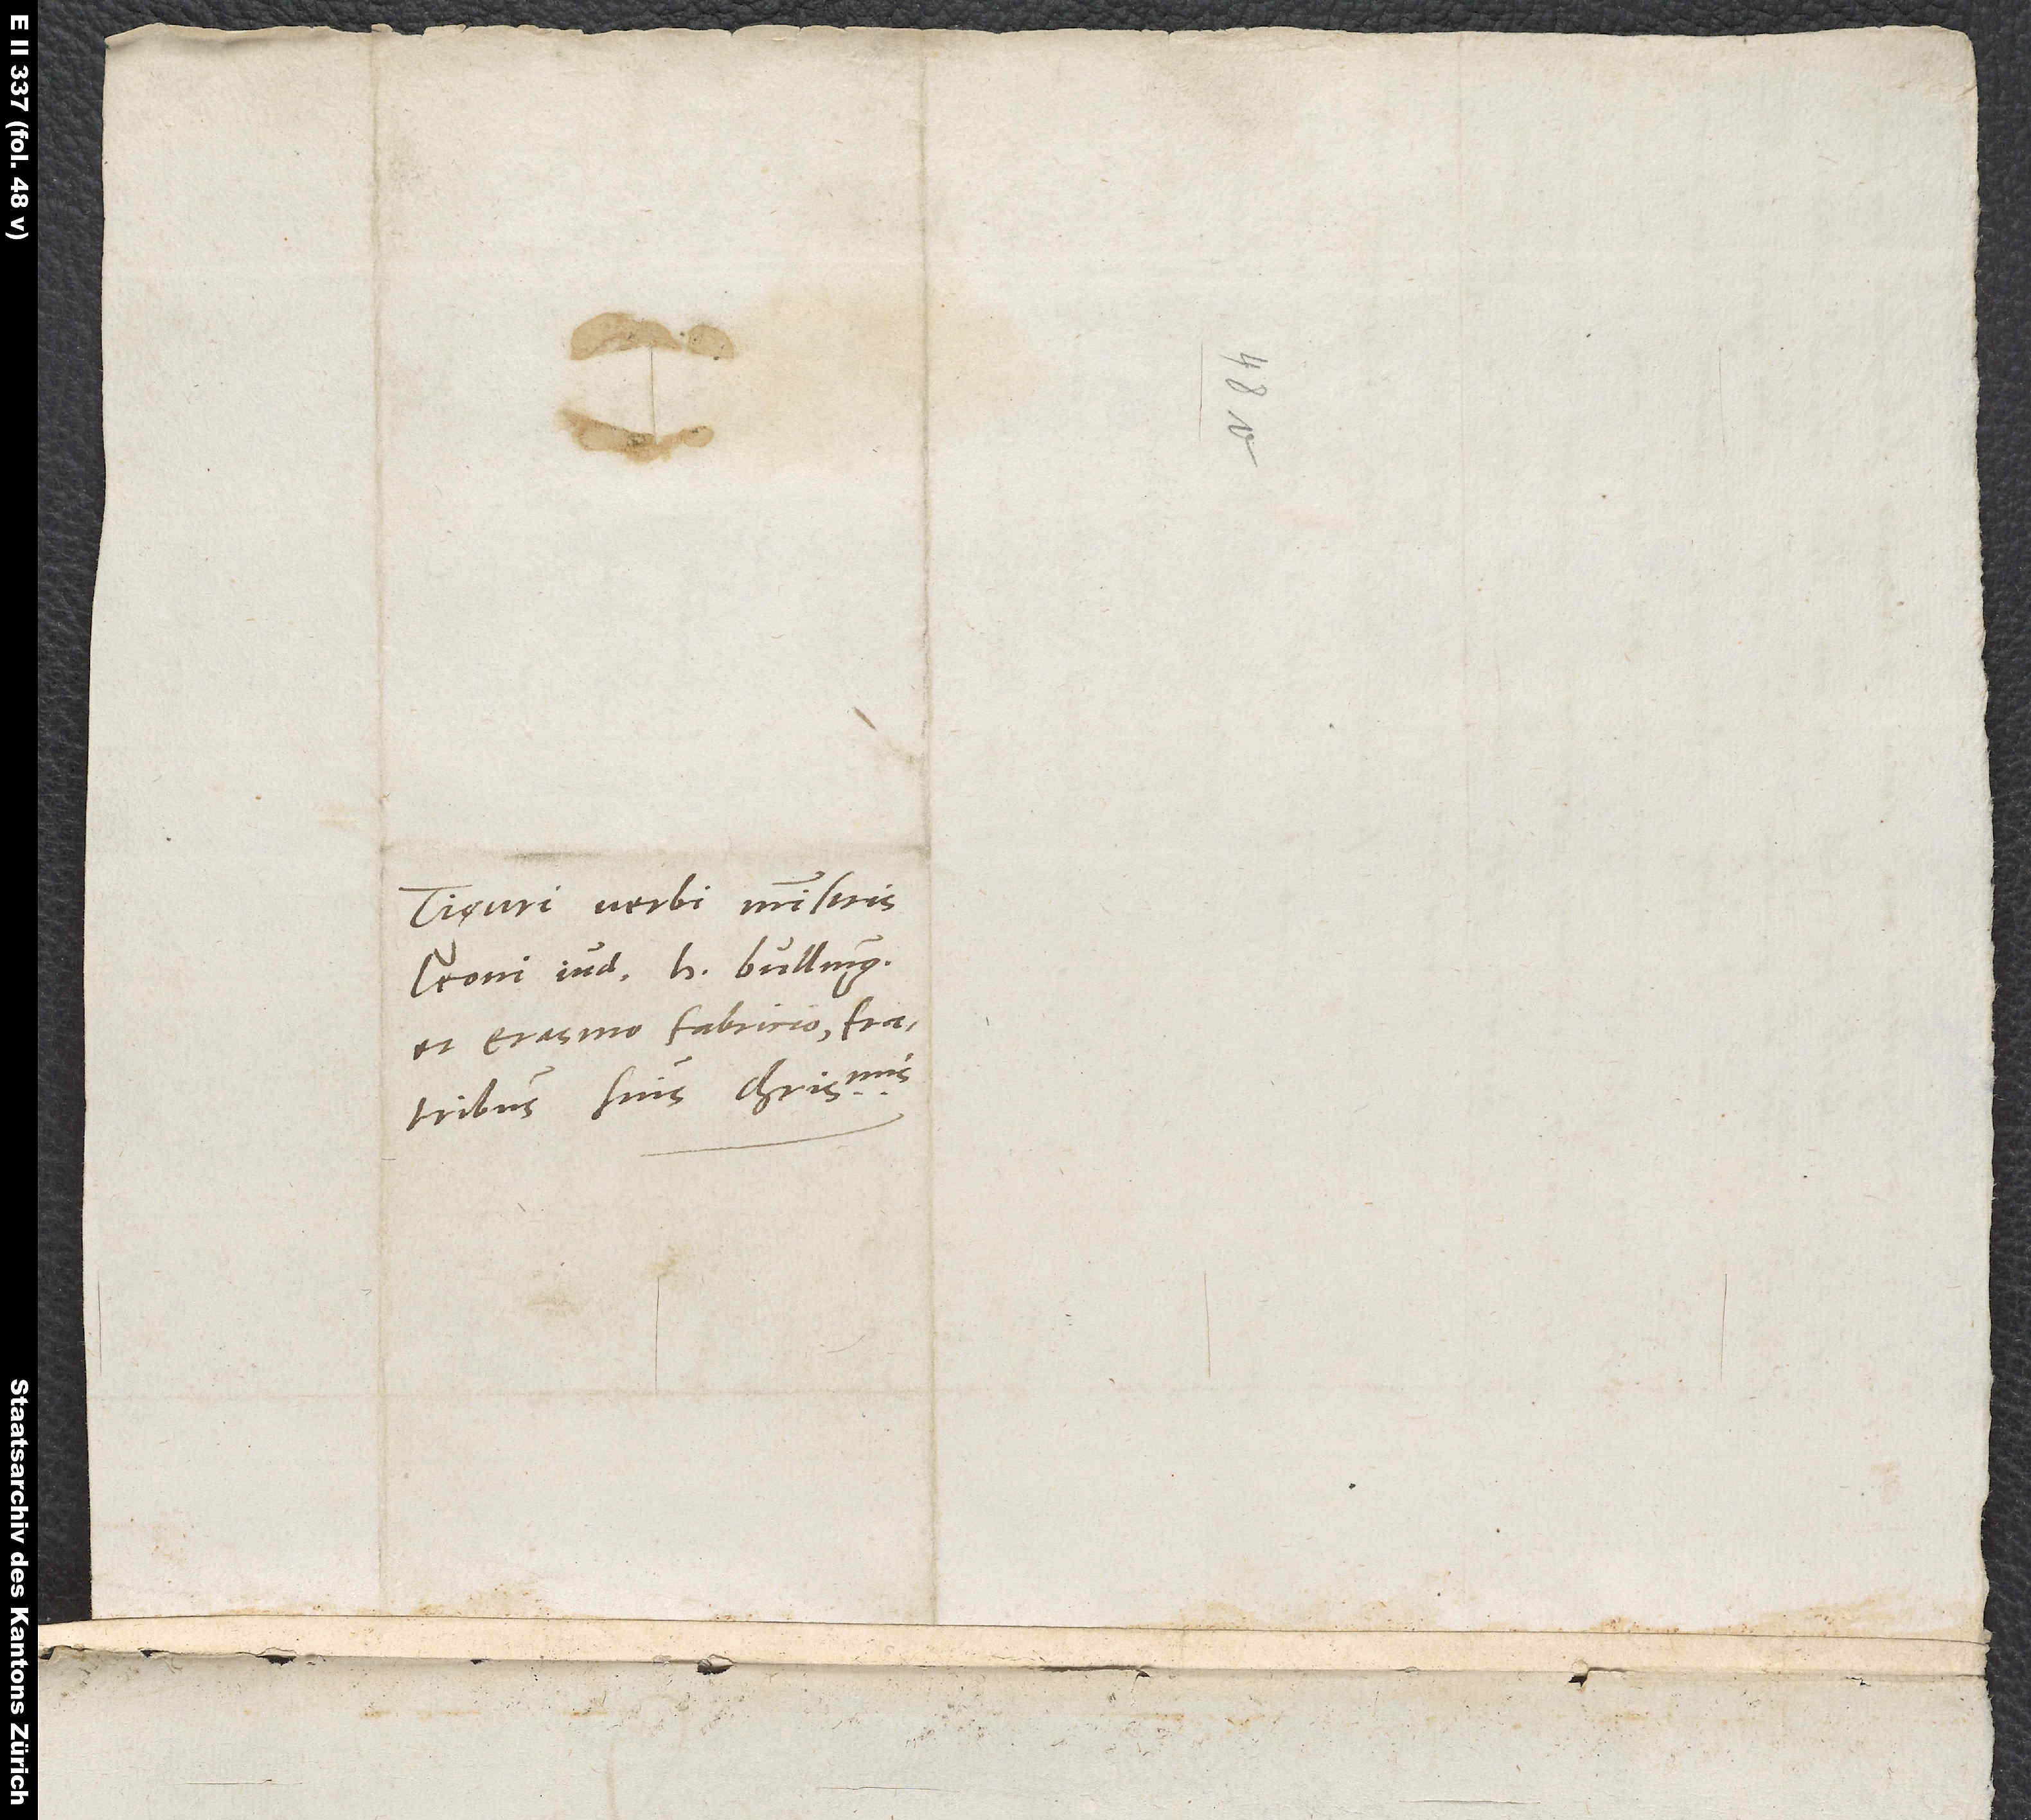
Tiguri verbi ministris
Leoni Jud, H. Bulling,
et Erasmo Fabricio, fratribus